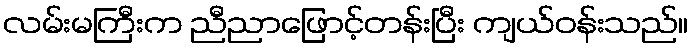
လမ်းမကြီးက ညီညာဖြောင့်တန်းပြီး ကျယ်ဝန်းသည်။